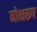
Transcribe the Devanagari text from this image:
मोक्षरूप